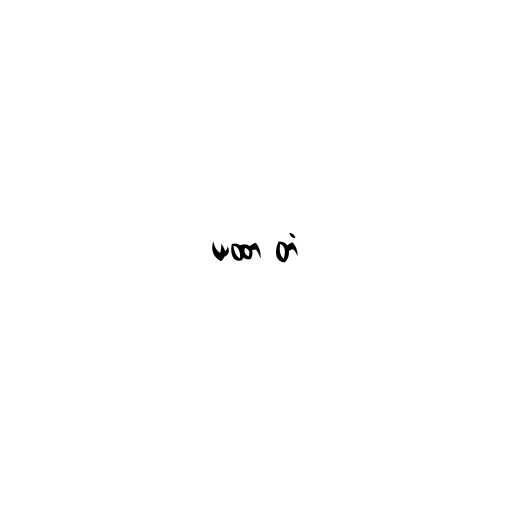
ယထာ တံ